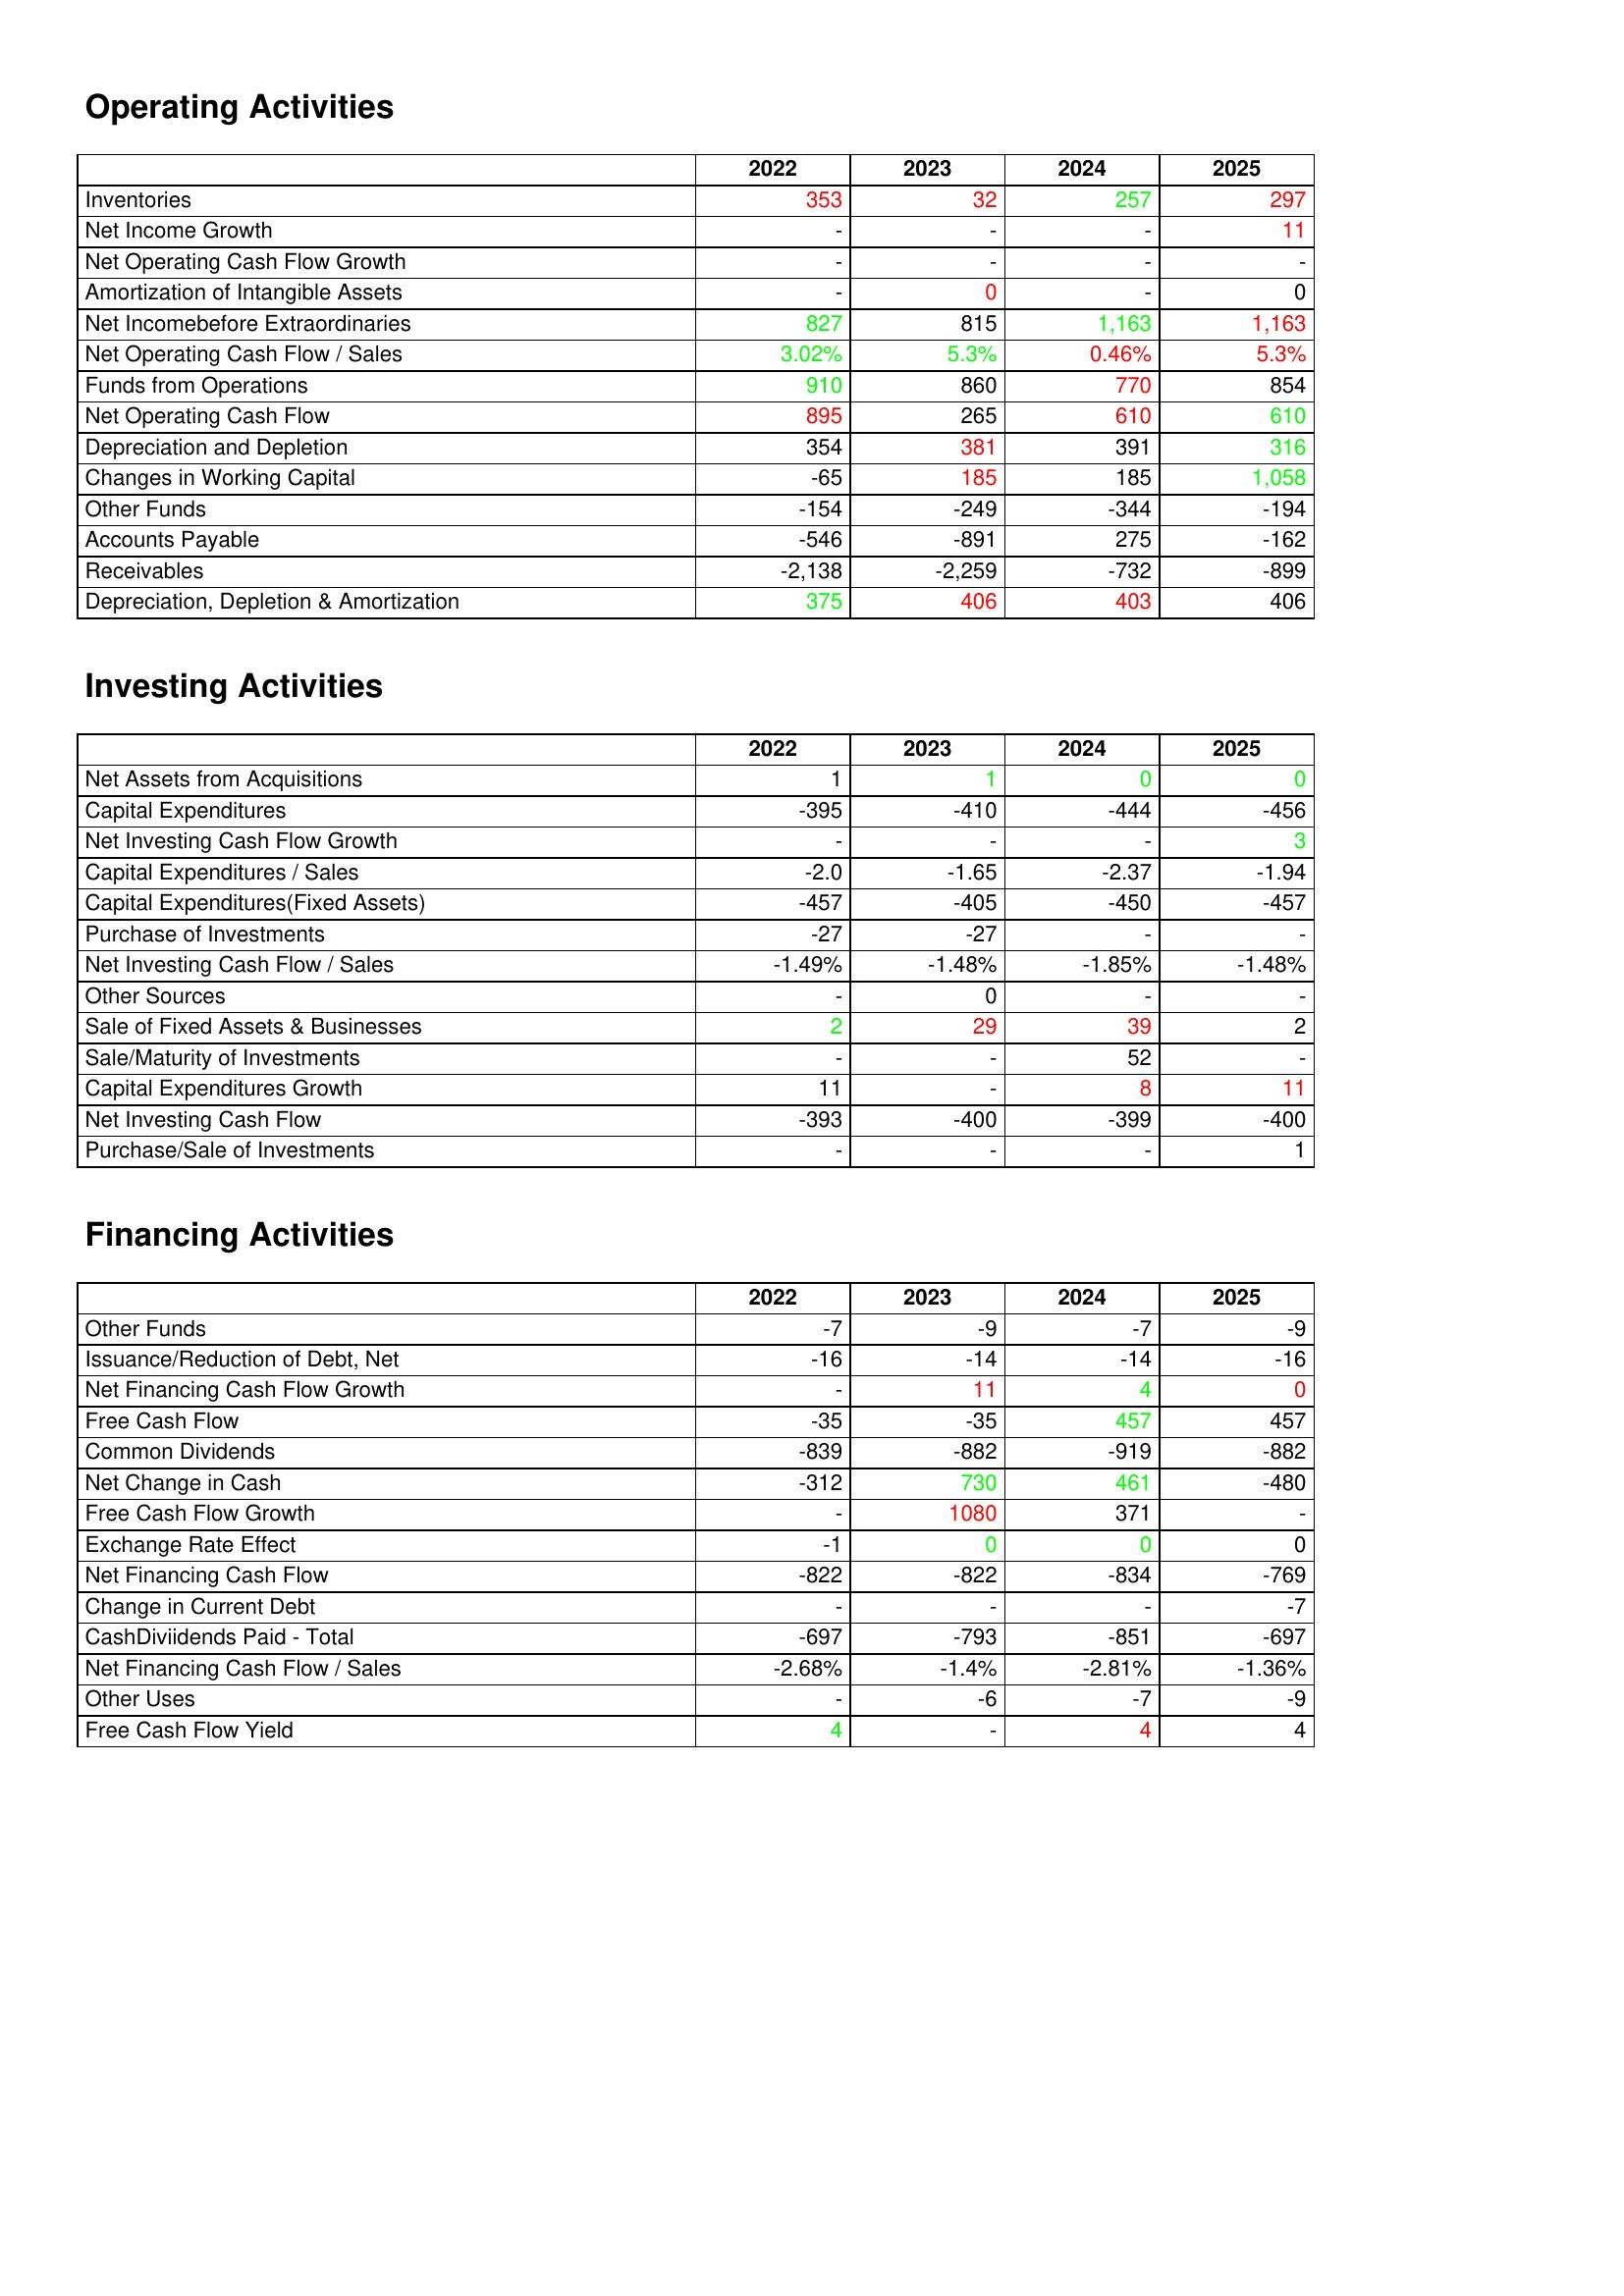
gt_parse: 2022: Operating Activities: Inventories: 353
Net Income Growth: -
Net Operating Cash Flow Growth: -
Amortization of Intangible Assets: -
Net Incomebefore Extraordinaries: 827
Net Operating Cash Flow / Sales: 3.02%
Funds from Operations: 910
Net Operating Cash Flow: 895
Depreciation and Depletion: 354
Changes in Working Capital: -65
Other Funds: -154
Accounts Payable: -546
Receivables: -2,138
Depreciation, Depletion & Amortization: 375
Investing Activities: Net Assets from Acquisitions: 1
Capital Expenditures: -395
Net Investing Cash Flow Growth: -
Capital Expenditures / Sales: -2.0
Capital Expenditures(Fixed Assets): -457
Purchase of Investments: -27
Net Investing Cash Flow / Sales: -1.49%
Other Sources: -
Sale of Fixed Assets & Businesses: 2
Sale/Maturity of Investments: -
Capital Expenditures Growth: 11
Net Investing Cash Flow: -393
Purchase/Sale of Investments: -
Financing Activities: Other Funds: -7
Issuance/Reduction of Debt, Net: -16
Net Financing Cash Flow Growth: -
Free Cash Flow: -35
Common Dividends: -839
Net Change in Cash: -312
Free Cash Flow Growth: -
Exchange Rate Effect: -1
Net Financing Cash Flow: -822
Change in Current Debt: -
CashDiviidends Paid - Total: -697
Net Financing Cash Flow / Sales: -2.68%
Other Uses: -
Free Cash Flow Yield: 4
2023: Operating Activities: Inventories: 32
Net Income Growth: -
Net Operating Cash Flow Growth: -
Amortization of Intangible Assets: 0
Net Incomebefore Extraordinaries: 815
Net Operating Cash Flow / Sales: 5.3%
Funds from Operations: 860
Net Operating Cash Flow: 265
Depreciation and Depletion: 381
Changes in Working Capital: 185
Other Funds: -249
Accounts Payable: -891
Receivables: -2,259
Depreciation, Depletion & Amortization: 406
Investing Activities: Net Assets from Acquisitions: 1
Capital Expenditures: -410
Net Investing Cash Flow Growth: -
Capital Expenditures / Sales: -1.65
Capital Expenditures(Fixed Assets): -405
Purchase of Investments: -27
Net Investing Cash Flow / Sales: -1.48%
Other Sources: 0
Sale of Fixed Assets & Businesses: 29
Sale/Maturity of Investments: -
Capital Expenditures Growth: -
Net Investing Cash Flow: -400
Purchase/Sale of Investments: -
Financing Activities: Other Funds: -9
Issuance/Reduction of Debt, Net: -14
Net Financing Cash Flow Growth: 11
Free Cash Flow: -35
Common Dividends: -882
Net Change in Cash: 730
Free Cash Flow Growth: 1080
Exchange Rate Effect: 0
Net Financing Cash Flow: -822
Change in Current Debt: -
CashDiviidends Paid - Total: -793
Net Financing Cash Flow / Sales: -1.4%
Other Uses: -6
Free Cash Flow Yield: -
2024: Operating Activities: Inventories: 257
Net Income Growth: -
Net Operating Cash Flow Growth: -
Amortization of Intangible Assets: -
Net Incomebefore Extraordinaries: 1,163
Net Operating Cash Flow / Sales: 0.46%
Funds from Operations: 770
Net Operating Cash Flow: 610
Depreciation and Depletion: 391
Changes in Working Capital: 185
Other Funds: -344
Accounts Payable: 275
Receivables: -732
Depreciation, Depletion & Amortization: 403
Investing Activities: Net Assets from Acquisitions: 0
Capital Expenditures: -444
Net Investing Cash Flow Growth: -
Capital Expenditures / Sales: -2.37
Capital Expenditures(Fixed Assets): -450
Purchase of Investments: -
Net Investing Cash Flow / Sales: -1.85%
Other Sources: -
Sale of Fixed Assets & Businesses: 39
Sale/Maturity of Investments: 52
Capital Expenditures Growth: 8
Net Investing Cash Flow: -399
Purchase/Sale of Investments: -
Financing Activities: Other Funds: -7
Issuance/Reduction of Debt, Net: -14
Net Financing Cash Flow Growth: 4
Free Cash Flow: 457
Common Dividends: -919
Net Change in Cash: 461
Free Cash Flow Growth: 371
Exchange Rate Effect: 0
Net Financing Cash Flow: -834
Change in Current Debt: -
CashDiviidends Paid - Total: -851
Net Financing Cash Flow / Sales: -2.81%
Other Uses: -7
Free Cash Flow Yield: 4
2025: Operating Activities: Inventories: 297
Net Income Growth: 11
Net Operating Cash Flow Growth: -
Amortization of Intangible Assets: 0
Net Incomebefore Extraordinaries: 1,163
Net Operating Cash Flow / Sales: 5.3%
Funds from Operations: 854
Net Operating Cash Flow: 610
Depreciation and Depletion: 316
Changes in Working Capital: 1,058
Other Funds: -194
Accounts Payable: -162
Receivables: -899
Depreciation, Depletion & Amortization: 406
Investing Activities: Net Assets from Acquisitions: 0
Capital Expenditures: -456
Net Investing Cash Flow Growth: 3
Capital Expenditures / Sales: -1.94
Capital Expenditures(Fixed Assets): -457
Purchase of Investments: -
Net Investing Cash Flow / Sales: -1.48%
Other Sources: -
Sale of Fixed Assets & Businesses: 2
Sale/Maturity of Investments: -
Capital Expenditures Growth: 11
Net Investing Cash Flow: -400
Purchase/Sale of Investments: 1
Financing Activities: Other Funds: -9
Issuance/Reduction of Debt, Net: -16
Net Financing Cash Flow Growth: 0
Free Cash Flow: 457
Common Dividends: -882
Net Change in Cash: -480
Free Cash Flow Growth: -
Exchange Rate Effect: 0
Net Financing Cash Flow: -769
Change in Current Debt: -7
CashDiviidends Paid - Total: -697
Net Financing Cash Flow / Sales: -1.36%
Other Uses: -9
Free Cash Flow Yield: 4